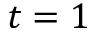
t = 1